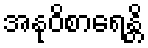
အနုဝိစာရေန္တိ